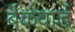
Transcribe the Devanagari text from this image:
बैकवार्ड